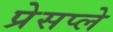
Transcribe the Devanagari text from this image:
प्रेसप्ले